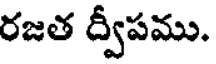
రజత ద్వీపము.